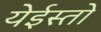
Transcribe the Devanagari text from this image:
येईस्तो